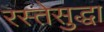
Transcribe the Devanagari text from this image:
रस्तेसुद्धा